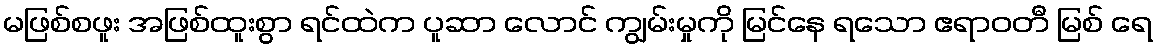
မဖြစ်စဖူး အဖြစ်ထူးစွာ ရင်ထဲက ပူဆာ လောင် ကျွမ်းမှုကို မြင်နေ ရသော ဧရာဝတီ မြစ် ရေ